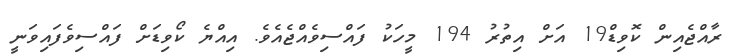
ރާއްޖެއިން ކޮވިޑް19 އަށް އިތުރު 194 މީހަކު ފައްސިވެއްޖެއެވެ. އިއްޔެ ކޯވިޑަށް ފައްސިވެފައިވަނީ